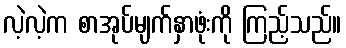
လဲ့လဲ့က စာအုပ်မျက်နှာဖုံးကို ကြည့်သည်။